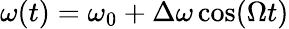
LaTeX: \omega(t)=\omega_{0}+\Delta\omega\cos(\Omega t)